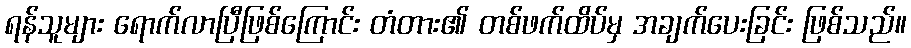
ရန်သူများ ရောက်လာပြီဖြစ်ကြောင်း တံတား၏ တစ်ဖက်ထိပ်မှ အချက်ပေးခြင်း ဖြစ်သည်။